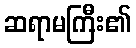
ဆရာမကြီး၏